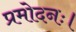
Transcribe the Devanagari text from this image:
प्रमोदनः।